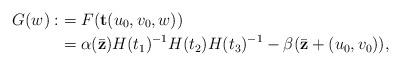
LaTeX: \begin{align*}G(w):&=F(\mathbf{t}(u_0,v_0,w))\\&=\alpha(\bar{\mathbf{z}})H(t_1)^{-1}H(t_2)H(t_3)^{-1}-\beta(\bar{\mathbf{z}}+(u_0,v_0)),\end{align*}